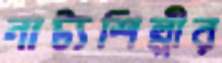
নাট্যশিল্পীর